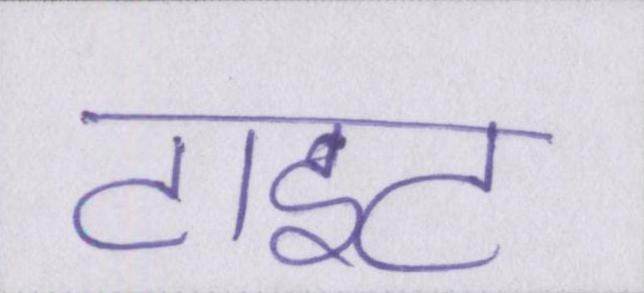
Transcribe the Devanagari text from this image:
टाइट